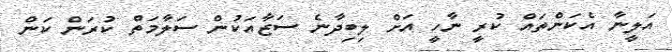
އަލީނާ އެކަންތައް ކުރީ ނާހީ އަށް ލިބިދާނެ ސަޒާއަކުން ސަލާމަތް ކުރަން ކަން